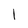
Character: l